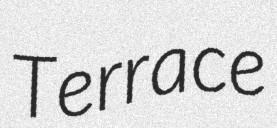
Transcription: Terrace